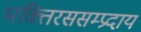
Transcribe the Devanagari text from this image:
भक्तिरससम्प्रदाय